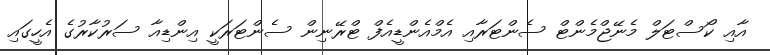
އާއި ކޯސްޓަލް މެނޭޖްމެންޓް ސެންޓަރާއި އެމްއެންޑީއެފް ޓްރޭނިން ސެންޓަރަކީ އިންޑިއާ ސަރުކާރުގެ އެހީގައި